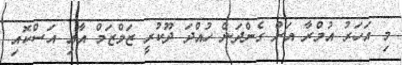
މި އަހަރު އުމްރާ އަށް ގެންދަން ހުއްދަ ދޫކުރީ ޒަމްޒަމް އާއި އަސްކޮއި